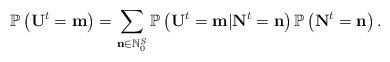
LaTeX: \begin{align*}\mathbb{P} \left( \mathbf{U}^t=\mathbf{m} \right) = \sum_{ \mathbf{n}\in \mathbb{N}_0^S} \mathbb{P} \left( \mathbf{U}^t = \mathbf{m} | \mathbf{N}^t = \mathbf{n} \right) \mathbb{P} \left( \mathbf{N}^t = \mathbf{n} \right).\end{align*}